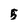
Character: 5